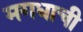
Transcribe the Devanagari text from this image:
मगधाची